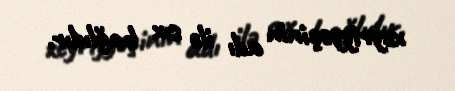
xeyriyyəçinin adı ilə sıx bağlıdır.